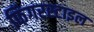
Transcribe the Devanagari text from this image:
फिंगरस्टाइल